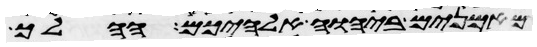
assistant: מאמנים ביהוה אלהיכם ההלך